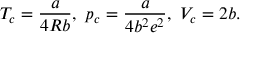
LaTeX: T _ { c } = { \frac { a } { 4 R b } } , \ p _ { c } = { \frac { a } { 4 b ^ { 2 } e ^ { 2 } } } , \ V _ { c } = 2 b .